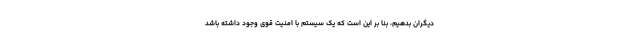
دیگران بدهیم، بنا بر این است که یک سیستم با امنیت قوی وجود داشته باشد